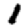
Digit: 1